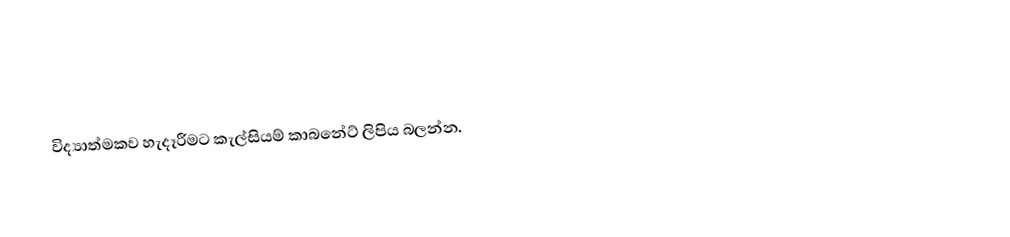
විද්‍යාත්මකව හැදෑරීමට කැල්සියම් කාබනේට් ලිපිය බලන්න.